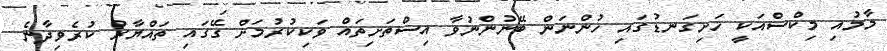
މާމުއި މިކްސްއަކީ ހަށިގަނޑުގައި ހުންނަން ބޭނުންނުވާ އިސްތަށިތައް ވަކިކުރުމަށް ގޭގައި ތައްޔާރު ކުރެވިދާނެ